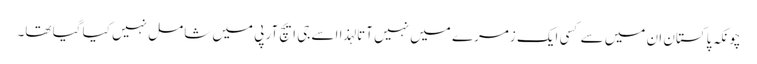
چونکہ پاکستان ان میں سے کسی ایک زمرے میں نہیں آتا لہذا اسے جی ایچ آر پی میں شامل نہیں کیا گیا تھا۔